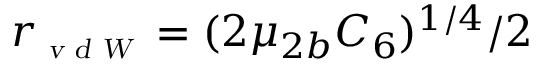
r _ { \scriptscriptstyle \textsl { v d W } } = ( 2 \mu _ { 2 b } C _ { 6 } ) ^ { 1 / 4 } / 2